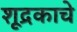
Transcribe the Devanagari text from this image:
शूद्रकाचे